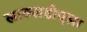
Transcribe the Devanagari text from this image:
लाक्सडोएला